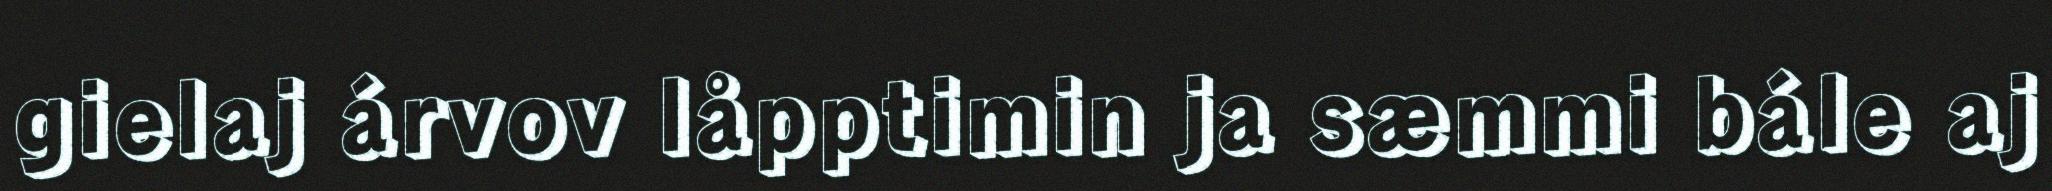
gielaj árvov låpptimin ja sæmmi bále aj